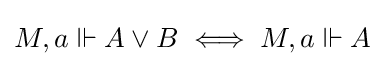
M,a\Vdash A\lor B\iff M,a\Vdash A